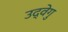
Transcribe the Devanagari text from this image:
उद्वेगु